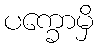
ပက္ခောမှိ